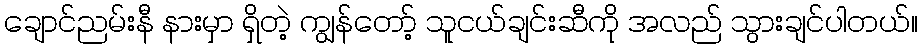
ချောင်ညမ်းနီ နားမှာ ရှိတဲ့ ကျွန်တော့် သူငယ်ချင်းဆီကို အလည် သွားချင်ပါတယ်။